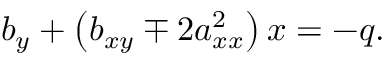
b _ { y } + \left( b _ { x y } \mp 2 a _ { x x } ^ { 2 } \right) x = - q .